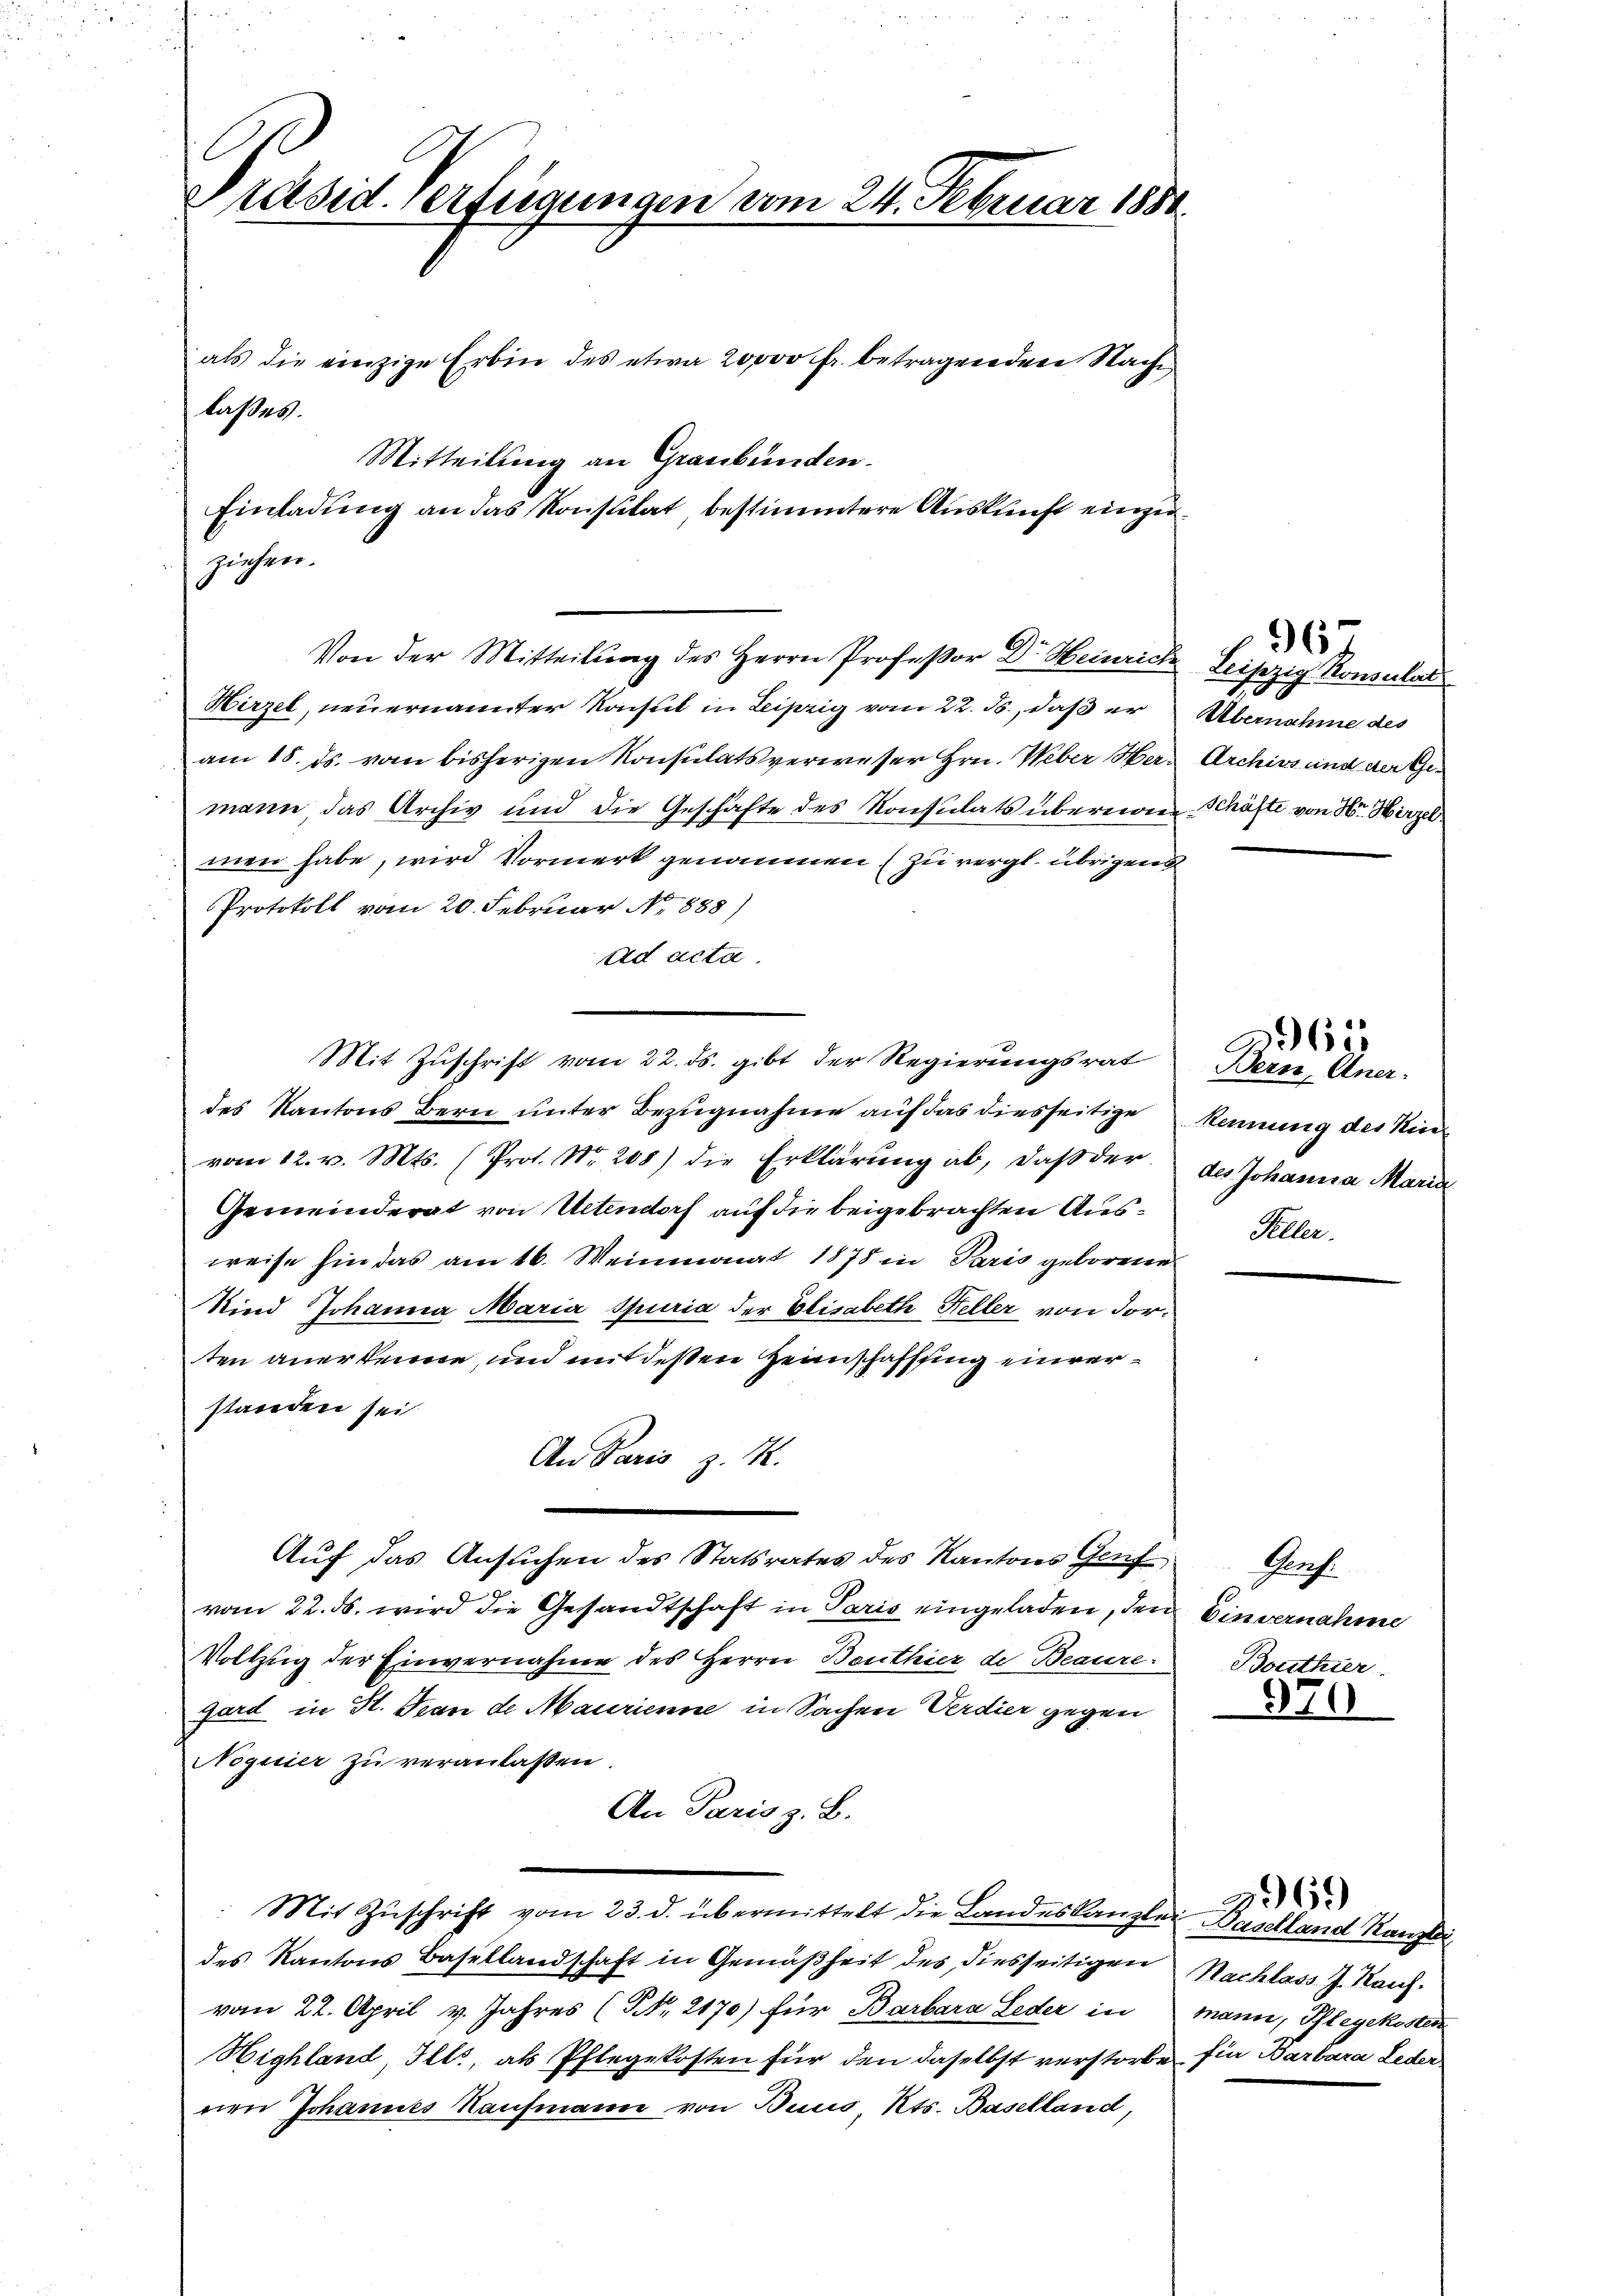
Präsiderfügungen vom 24. Februar 1880

als die einzige Erbin des etwa 20,000 fr. betragenden Nach
laßes.
Einladung an das Konstitat bestimmtere Auskunft einzuziehen.
Von der Mitteilŭng des Herrn Professor Dr. Heinrich Leipzig Konsulat
Hirzel, neuernannter Konsul in Leipzig vom 22. J., daß er bernahme des
am 18. ds. vom bisherigen Konsulatsverweser Hrn. Weber Herr Archivs und der Gemann das Archiv und die Geschäfte des Konsulats übereine Schäfte von Hr. Hirzel
men habe, wird Vormerk genommen (zu vergl. übrigen
Protokoll vom 20. Februar No. 1888)
ad acta.
des Kantons Bern unter Bezugnahme auf das diesseitige kennung des Kinvom 12. v. Mts. (Prot. Nr. 208) die Erklärŭng ab, daβ der des Johanna Maria
Gemeinderat von Uetendorf auf die beigebrachten Ausweise hin das am 16. Weinmonat 1878 in Paris geborene
Kind Johanna Maria Spuria der Elisabeth Heller von dorten anerkenne, und mit deßen Heimschaffung einverstanden sei
An Paris z. M.
Auf das Ansuchen des Statsrates des Kantons Gruf
vom 22. ds. wird die Gesandtschaft in Paris eingeladen, den Einvernahme
Vollzug der Einvernahme des Herrn Benthier de Beaure
fard in St. Man de Maurienne in Sachen Verdier gegen
Noguier zu veranlassen.
An Paris z. B.
Mit Zŭschrift vom 23. d. übermittelt die Landeskanzlei Baselland Kanzle
des Kantons Basellandschaft in Gemäßheit des diesseitigen Nachlass J. Reich-
vom 22. April v. Jahres (NNo. 2170) für Barbara Leder in mann, Pflegekosten
Highland, Ills, als Pflegekosten für den daselbst verstorbe für Barbara Leder
nen Johannes Kaufmann von Buus Kts. Baselland,

Mitteilung an Graubünden.

Mit Zuschrift vom 22. ds. gibt der Regierungsrat Bern, Aner-

967

Feller.

265

Porf.
Bouthier.

970

261)